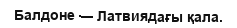
Балдоне — Латвиядағы қала.